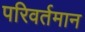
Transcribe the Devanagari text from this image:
परिवर्तमान